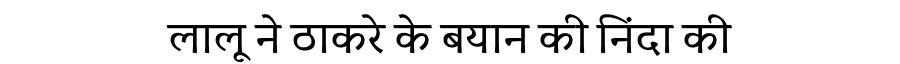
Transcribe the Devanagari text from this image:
लालू ने ठाकरे के बयान की निंदा की